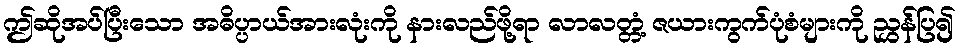
ဤဆိုအပ်ပြီးသော အဓိပ္ပာယ်အားလုံးကို နားလည်ဖို့ရာ လာလတ္တံ့ ဇယားကွက်ပုံစံများကို ညွှန်ပြ၍